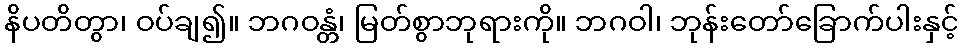
နိပတိတွာ၊ ဝပ်ချ၍။ ဘဂဝန္တံ၊ မြတ်စွာဘုရားကို။ ဘဂဝါ၊ ဘုန်းတော်ခြောက်ပါးနှင့်